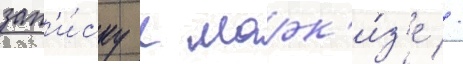
зап'и́ску к марк'и́з'е //